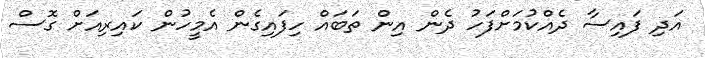
އަދި ފައިސާ ދެއްކުމަށްފަހު ދެން އިން ތަބައް ހިފައިގެން އެމީހުން ކައިރިއަށް ގޮސް